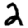
Digit: 2